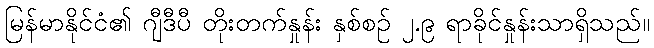
မြန်မာနိုင်ငံ၏ ဂျီဒီပီ တိုးတက်နှုန်း နှစ်စဉ် ၂.၉ ရာခိုင်နှုန်းသာရှိသည်။